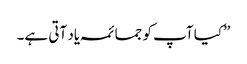
”کیا آپ کو جمائمہ یاد آتی ہے۔